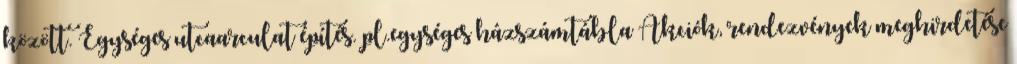
között. Egységes utcaarculat építés. pl.egységes házszámtábla Akciók, rendezvények meghirdetése